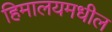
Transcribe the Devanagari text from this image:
हिमालयमधील